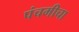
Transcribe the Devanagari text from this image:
पंचमीचा